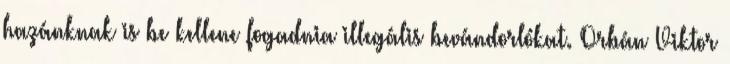
hazánknak is be kellene fogadnia illegális bevándorlókat. Orbán Viktor